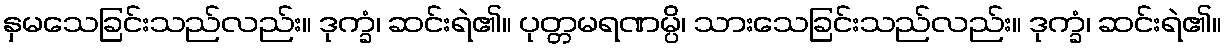
နှမသေခြင်းသည်လည်း။ ဒုက္ခံ၊ ဆင်းရဲ၏။ ပုတ္တမရဏမ္ပိ၊ သားသေခြင်းသည်လည်း။ ဒုက္ခံ၊ ဆင်းရဲ၏။